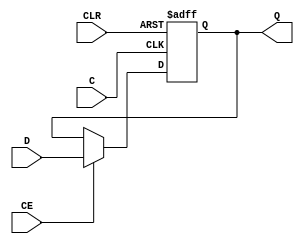
///////////////////////////////////////////////////////////////////////////////
// Copyright (c) 2006 Xilinx, Inc.
// All Right Reserved.
///////////////////////////////////////////////////////////////////////////////
//   ____  ____
//  /   /\/   /
// /___/  \  /    Vendor      : Xilinx
// \   \   \/     Version     : Jade (J.23)
//  \   \         Description : Xilinx HDL Macro Library
//  /   /                       16-Bit Data Register with Clock Enable and Asynchronous Clear
// /___/   /\     Filename    : FD16CE.v
// \   \  /  \    Timestamp   : Tue Jul 18 2006
//  \___\/\___\
//
// Revision:
//    07/18/06 - Initial version.
// End Revision

`timescale 100 ps / 10 ps

module FD16CE(Q, C, CE, CLR, D);

   
   output [15:0]      Q;

   input 	      C;	
   input 	      CE;	
   input 	      CLR;	
   input  [15:0]      D;
   
   reg    [15:0]      Q;
   
   always @(posedge C or posedge CLR)
     begin
	if (CLR)
	  Q <= 16'b0000_0000_0000_0000;
	else if (CE)
          Q <= D;
     end
   
   
endmodule